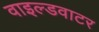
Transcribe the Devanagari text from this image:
वाइल्डवाटर